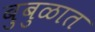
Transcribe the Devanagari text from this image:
बुबुळात